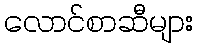
လောင်စာဆီများ